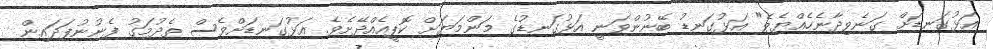
އަޅުގަނޑަށް ގަނެވިދާނެހެއްޔެވެ" އަޅުގަނޑު ބޭނުންވަނީ އަޅުގަނޑުގެ މަންމަޔަށް ކޮޕީއެއްދޭށެވެ. އަޅުގަނޑަށްވެސް ތެދުމަގު ފެނުނުފަދައިން